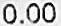
0.00